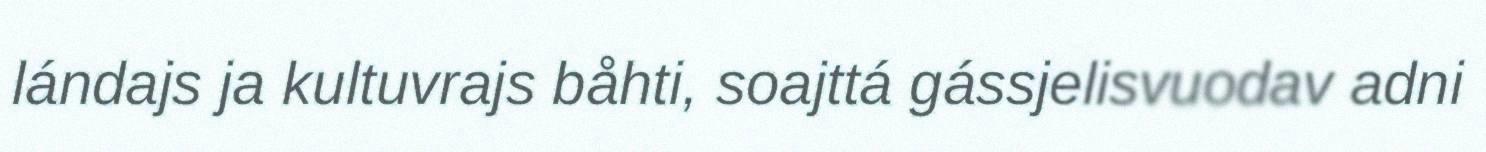
lándajs ja kultuvrajs båhti, soajttá gássjelisvuodav adni